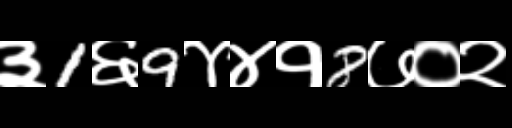
Text: ३1६9४४१8७०२